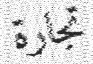
تجارة